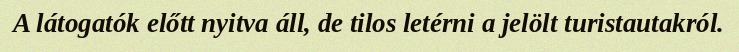
A látogatók előtt nyitva áll, de tilos letérni a jelölt turistautakról.